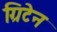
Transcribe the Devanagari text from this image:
ग्रिटेन